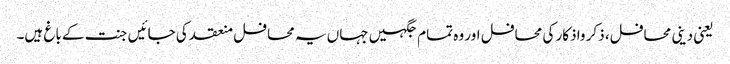
یعنی دینی محافل، ذکر واذکار کی محافل اور وہ تمام جگہیں جہاں یہ محافل منعقد کی جائیں جنت کے باغ ہیں۔